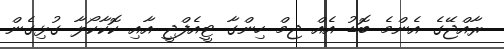
ރާއްޖޭގެ އެންމެ ބޮޑު އެއް ޖިމް ހިންގާ ޓީއެފްޖީ އާއި ކޮކާކޯލާ ގުޅިގެން